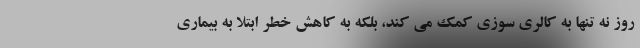
روز نه تنها به کالری سوزی کمک می کند، بلکه به کاهش خطر ابتلا به بیماری